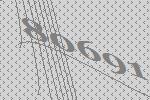
80691